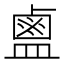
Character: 𪉟